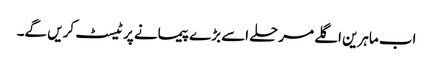
اب ماہرین اگلے مرحلے اسے بڑے پیمانے پر ٹیسٹ کریں گے۔